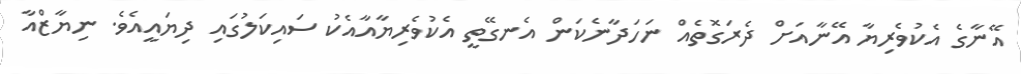
އޭނާގެ އެކުވެރިޔާ އޭނާއަށް ދެރަގޮތެއް ނަހަދާނެކަން އެނގޭތީ އެކުވެރިޔާއާއެކު ސައިކަލުގައި ދިޔައީއެވެ. ނިޔާޒްއާ